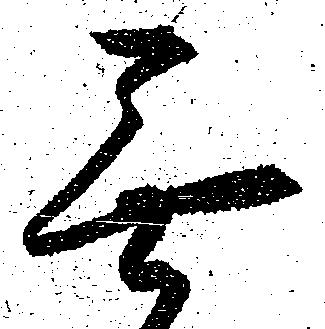
無